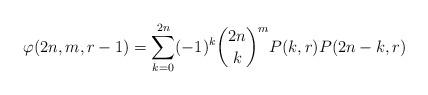
LaTeX: \begin{align*}\varphi(2n,m,r-1)=\sum_{k=0}^{2n}(-1)^k\binom{2n}{k}^m P(k,r)P(2n-k,r)\end{align*}